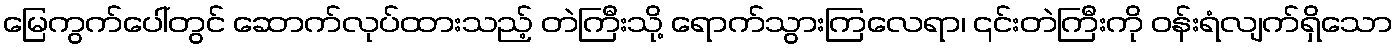
မြေကွက်ပေါ်တွင် ဆောက်လုပ်ထားသည့် တဲကြီးသို့ ရောက်သွားကြလေရာ၊ ၎င်းတဲကြီးကို ဝန်းရံလျက်ရှိသော